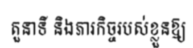
តួនាទី និងភារកិច្ចរបស់ខ្លួនឱ្យ